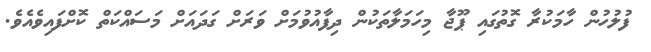
ފުލުހުން ހާމަކުރާ ގޮތުގައި ޕޫޖާ މިހަމަލާތަކުން ދިފާއުވުމަށް ވަރަށް ގަދައަށް މަސައްކަތް ކޮށްފައިވެއެވެ.